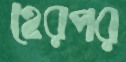
হেরপর